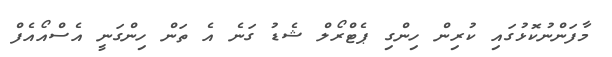
މާފަންނުކޮޅުގައި ކުރިން ހިންގި ޕެޓްރޯލް ޝެޑު ގަނެ އެ ތަން ހިންގަނީ އެސްއޯއެފް